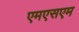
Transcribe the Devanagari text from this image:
एमएसएम